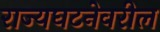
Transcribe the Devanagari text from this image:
राज्यघटनेवरील